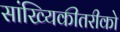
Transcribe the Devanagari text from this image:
सांख्यिकीतरीको